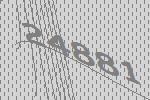
24881